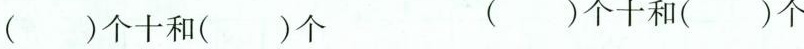
（）个十和（）个 （）个十和（）个